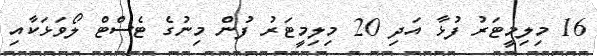
16 މިލިމީޓަރު ފުޅާ އަދި 20 މިލިމީޓަރު ފުން މިނުގެ ޓެސްޓް ލޯވަޅަކާއި